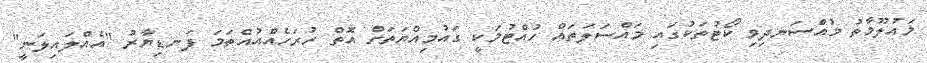
މައުލޫމާތު މުއްސަނދިވި ކޯޓުތަކުގައި މައްސަލަތައް ހުއްޓުމަކީ ގައުމިއްޔަތަށް އޮތް ހުރަހެއްއުއްތަމަ ފަނޑިޔާރު "އެއްލައިލަނީ"